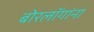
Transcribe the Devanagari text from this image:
बोरलॉगांना